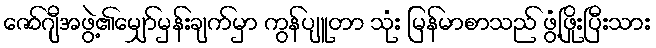
ဇော်ဂျီအဖွဲ့၏မျှော်မှန်းချက်မှာ ကွန်ပျူတာ သုံး မြန်မာစာသည် ဖွံ့ဖြိုးပြီးသား